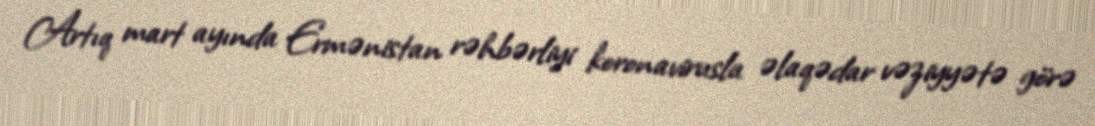
Artıq mart ayında Ermənistan rəhbərliyi koronavirusla əlaqədar vəziyyətə görə